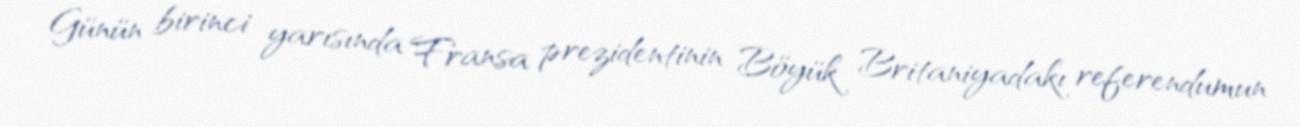
Günün birinci yarısında Fransa prezidentinin Böyük Britaniyadakı referendumun